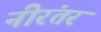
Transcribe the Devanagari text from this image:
नीरंतर